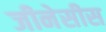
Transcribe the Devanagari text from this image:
जीनेसीस